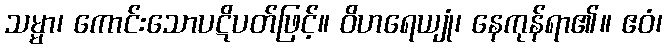
သမ္မာ၊ ကောင်းသောပဋိပတ်ဖြင့်။ ဝိဟရေယျုံ၊ နေကုန်ရာ၏။ ဧဝံ၊